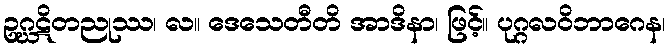
ဥဂ္ဃဋိတညုဿ၊ လ။ ဒေသေတီတိ အာဒိနာ၊ ဖြင့်။ ပုဂ္ဂလဝိဘာဂေန၊